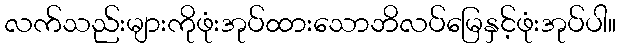
လက်သည်းများကိုဖုံးအုပ်ထားသောဘိလပ်မြေနှင့်ဖုံးအုပ်ပါ။